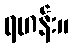
ရဟန်း။